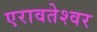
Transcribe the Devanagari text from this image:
एरावतेश्वर